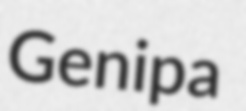
Genipa